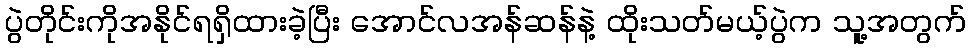
ပွဲတိုင်းကိုအနိုင်ရရှိထားခဲ့ပြီး အောင်လအန်ဆန်နဲ့ ထိုးသတ်မယ့်ပွဲက သူ့အတွက်